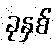
ခုနှစ်